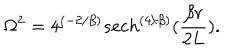
\Omega ^ { 2 } = 4 ^ { ( - 2 / \beta ) } s e c h ^ { \left( { 4 / \beta } \right) } ( { \frac { \beta r } { 2 L } } ) .